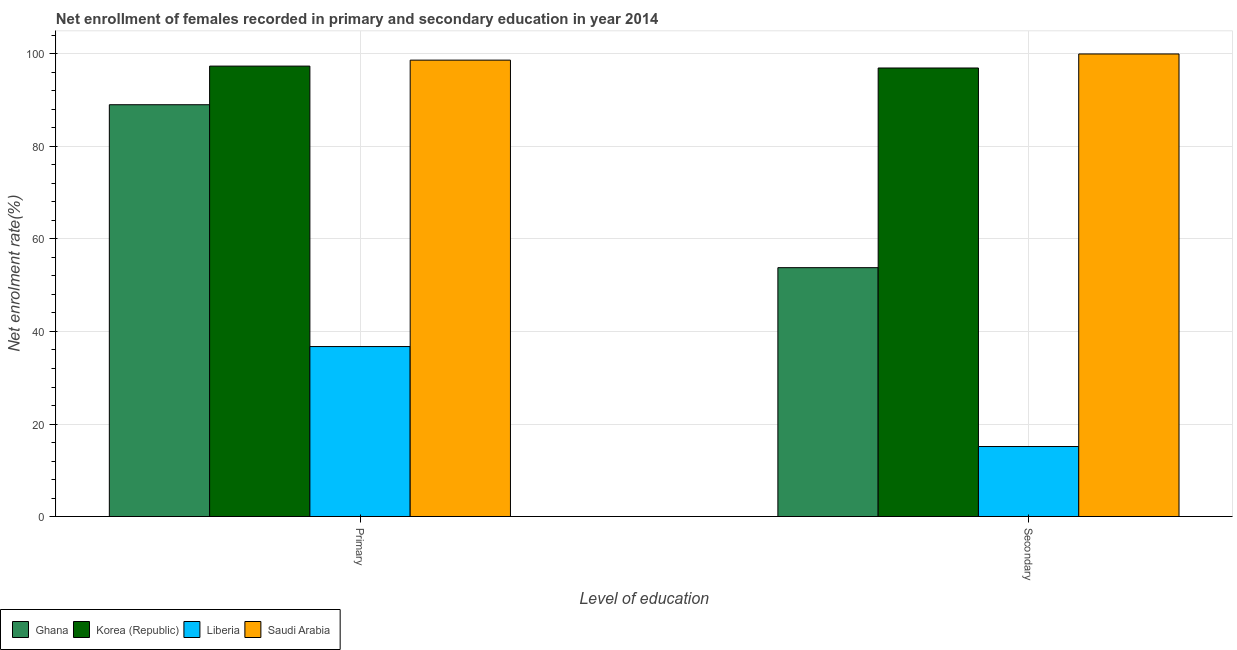
| Level of education | Ghana | Korea (Republic) | Liberia | Saudi Arabia |
 | --- | --- | --- | --- | --- |
 | Primary | 89 | 97.4 | 36.7 | 98.7 |
 | Secondary | 53.8 | 97 | 15.1 | 100 |